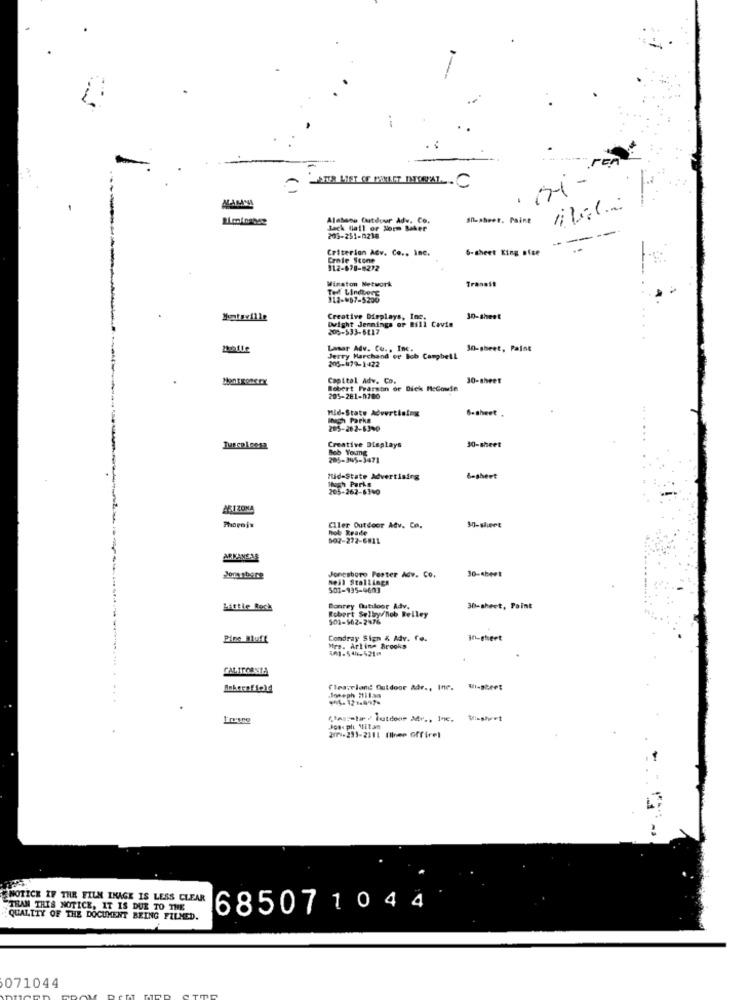
ren
Alabama Cuitduur Adv. Co.
Shesheet. Paine
Jack fall or Norm Baker
203-251-0238
Criterion Adv. Co ., Inc.
6-sheet King size
Crole Scone
112-678-8272
Winston Network
Tranest
112-657-5200
Huntsville
Creative Displays, Inc.
Dwight Jennings or Bill Cavie
30-sheet
206-533-6817
Lasar Adv. Co ., Inc.
30-sheet, Paint
Jerry Marchand op Bob Campbell
205-979-1422
Capital Adv. Co.
30-sheet
Robert Frarson or Dick MeCowie
205-281-1780
Mid-State Advertising
6-sheet .
Bnach Parks
205-262-6390
30-sheet
Creative Displays
Bob Young
205-345-3471
Mid-State Advertising
Hogh Parks
6-sheet
205-262-6340
Ciler Outdoor Adv. Co.
Hot Rrade
502-272-6811
ARKANSAS
30-sheet
Joranbere
Jonesboro Porter Adv. Co.
hell Stallings
501-935-4603
Little Rock
Bonrey Outiloor Adv.
30-sheet, Point
Robert Selly/hob Beiley
501-562-2476
Pine Bluff
Condray Sign & Adv. Te.
in-sheet
Mrs. Arline Brooks
CALIFORNIA
Cleaveland Outdoor Adr ., Inc. Wi-sheet
Joseph ifilan
-- 121897-
Jose phi Milan
2771-235-2311 (linee Offirel
NOTICE IF THE FILM INAGE IS LESS CLEAR
STRAN THIS NOTICE, IT IS DUE TO THE
685071044
QUALITY OF THE DOCUMENT BEING FILMED.
071044